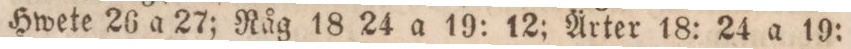
Hwete 26 a 27; Råg 18 24 a 19: 12; Ärter 18: 24 a 19: